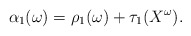
\begin{align*}\alpha_1(\omega)=\rho_1(\omega)+\tau_1(X^\omega). \end{align*}